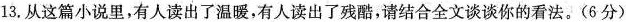
13.从这篇小说里，有人读出了温暖。有人读出了残酷，请结合全文谈谈你的看法。（6分）